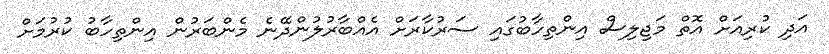
އަދި ކުރިއަށް އޮތް މަޖިލިސް އިންތިހާބުގައި ސަރުކާރަށް އެއްބާރުލުންދޭނެ މެންބަރުން އިންތިހާބު ކުރުމަށް